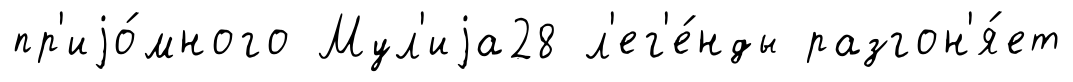
пр'иjо́много Мул'иjа28 л'ег'е́нды разгон'я́ет